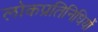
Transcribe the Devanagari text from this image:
लोकप्रतिनिधियों